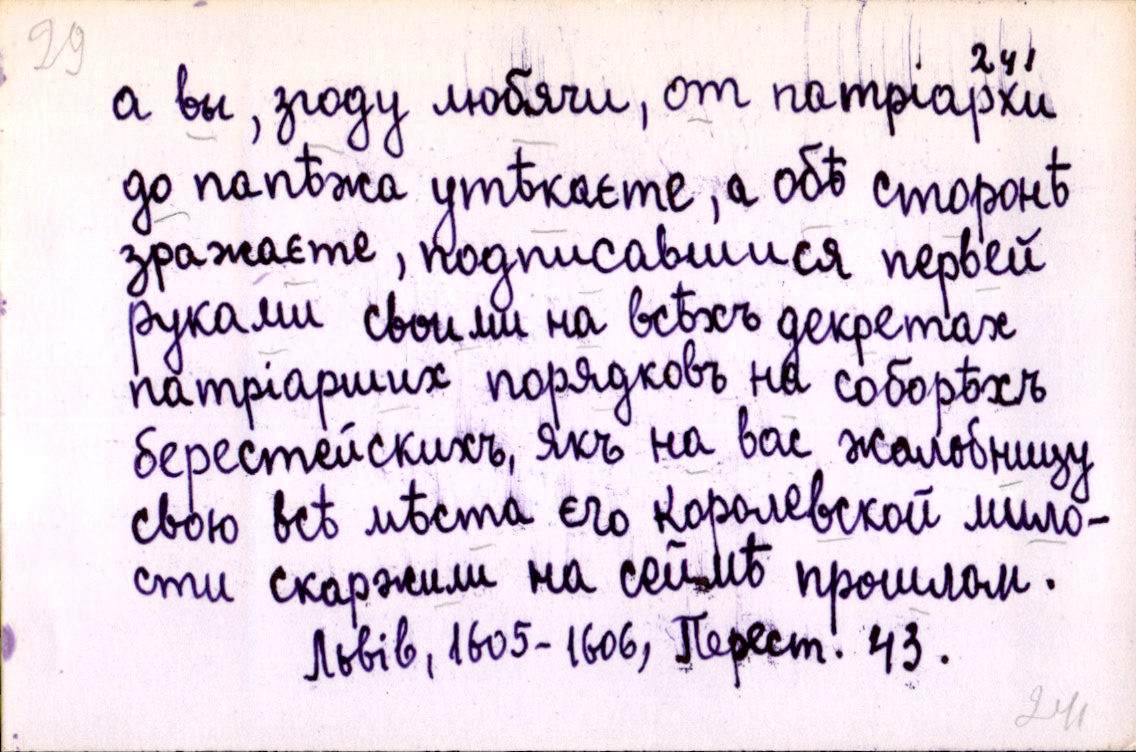
а вы, згоду любячи, от патріархи
до папѣжа утѣкаєте, а обѣ сторонѣ
зражаєте, подписавшися первей
руками своими на всѣхъ декретах
патріарших порядковъ на соборѣхъ
берестейскихъ, якъ на вас жалобницу
свою всѣ мѣста єго королевской мило-
сти скаржили на сеймѣ прошлом.
Львів, 1605-1606, Перест. 43.